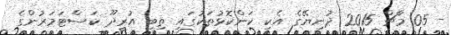
- 05 މާޗް 2015 ދުނިޔޭގެ އެކި ކަންކޮޅުތަކުގައި ތިބި އުރީދޫ ކަސްޓަމަރުންގެ